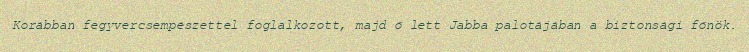
Korábban fegyvercsempészettel foglalkozott, majd ő lett Jabba palotájában a biztonsági főnök.